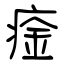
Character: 㾣